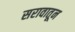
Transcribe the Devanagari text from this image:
सरावातून